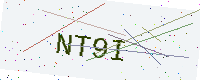
Text: NT9I